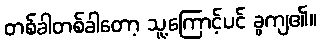
တစ်ခါတစ်ခါတော့ သူ့ကြောင့်ပင် ခွကျ၏။